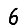
Digit: 6